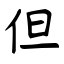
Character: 但